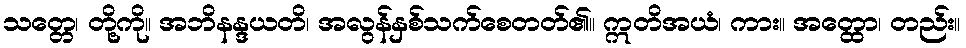
သတ္တေ၊ တို့ကို။ အဘိနန္ဒယတိ၊ အလွန်နှစ်သက်စေတတ်၏။ ဣတိအယံ၊ ကား။ အတ္ထော၊ တည်း။